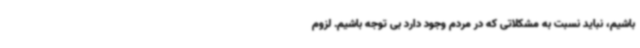
باشیم، نباید نسبت به مشکلاتی که در مردم وجود دارد بی توجه باشیم. لزوم